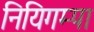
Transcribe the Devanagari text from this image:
नियिगम्‍पा